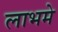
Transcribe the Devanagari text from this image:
लाभमे